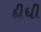
દીધી